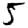
Digit: 5